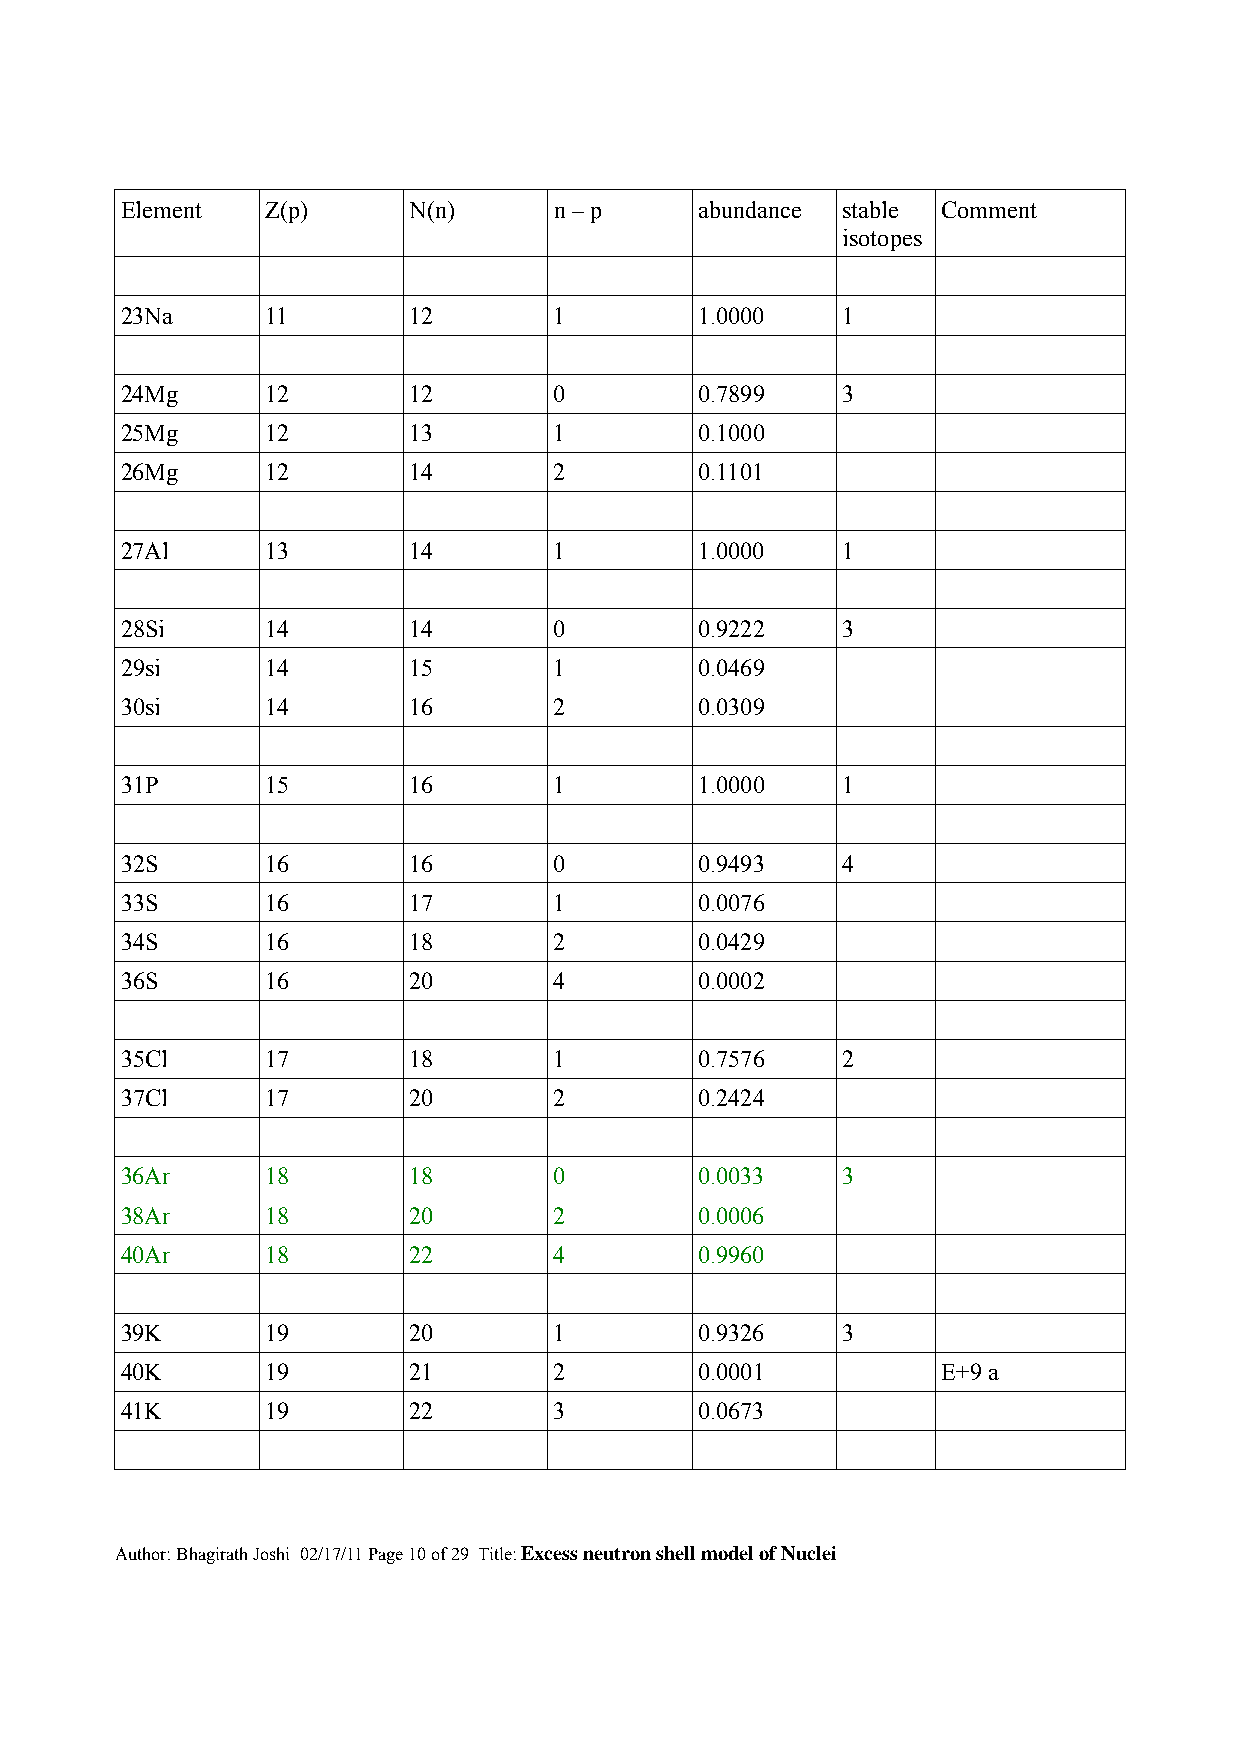
Element   Z(p)     N(n)      n – p    abundance stable Comment
 isotopes
 23Na      11       12        1        1.0000    1
 24Mg      12       12        0        0.7899    3
 25Mg      12       13        1        0.1000
 26Mg      12       14        2        0.1101
 27Al      13       14        1        1.0000    1
 28Si      14       14        0        0.9222    3
 29si      14       15        1        0.0469
 30si      14       16        2        0.0309
 31P       15       16        1        1.0000    1
 32S       16       16        0        0.9493    4
 33S       16       17        1        0.0076
 34S       16       18        2        0.0429
 36S       16       20        4        0.0002
 35Cl      17       18        1        0.7576    2
 37Cl      17       20        2        0.2424
 36Ar      18       18        0        0.0033    3
 38Ar      18       20        2        0.0006
 40Ar      18       22        4        0.9960
 39K       19       20        1        0.9326    3
 40K       19       21        2        0.0001          E+9 a
 41K       19       22        3        0.0673
 Author: Bhagirath Joshi 02/17/11 Page 10 of 29 Title: Excess neutron shell model of Nuclei